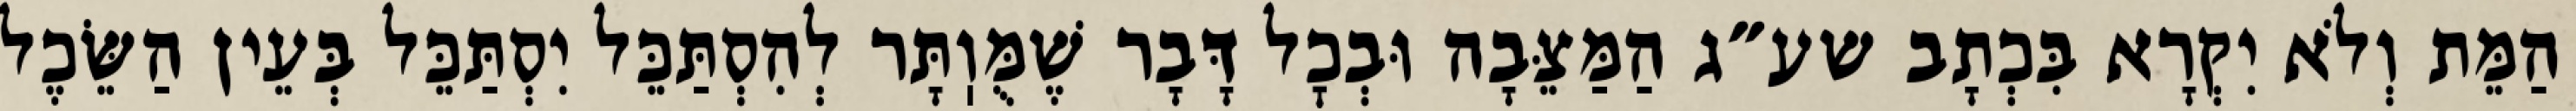
הַמֵּת וְלֹא יִקְרָא בִּכְתָב שע״ג הַמַּצֵּבָה וּבְכׇל דָּבָר שֶׁמֻּוֽתָּר לְהִסְתַּכֵּל יִסְתַּכֵּל בְּעֵין הַשֵּׂכֶל